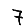
Digit: 7